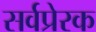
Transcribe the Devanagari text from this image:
सर्वप्रेरक